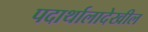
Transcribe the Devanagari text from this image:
पदार्थालादेखील